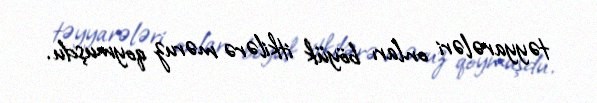
təyyarələri onları böyük itkilərə məruz qoymuşdu.